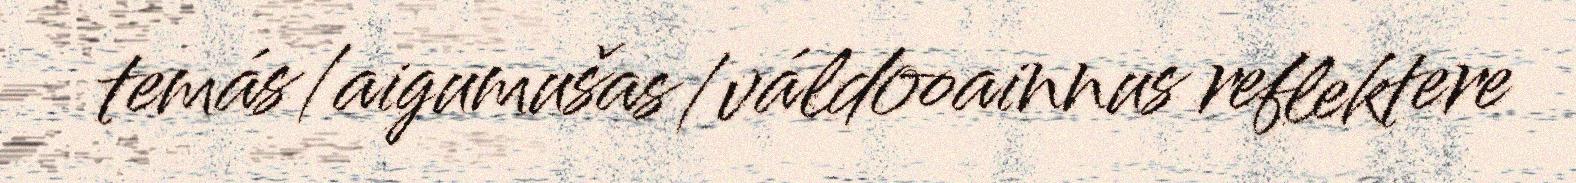
temás/aigumušas/váldooainnus reflektere